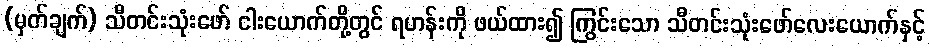
(မှတ်ချက်) သီတင်းသုံးဖော် ငါးယောက်တို့တွင် ရဟန်းကို ဖယ်ထား၍ ကြွင်းသော သီတင်းသုံးဖော်လေးယောက်နှင့်